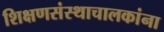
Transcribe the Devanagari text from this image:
शिक्षणसंस्थाचालकांना